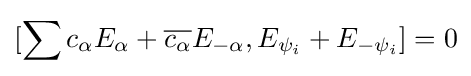
\displaystyle {[\sum c_{\alpha }E_{\alpha }+{\overline {c_{\alpha }}}E_{-\alpha },E_{\psi _{i}}+E_{-\psi _{i}}]=0}